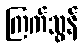
ကြက်သွန်